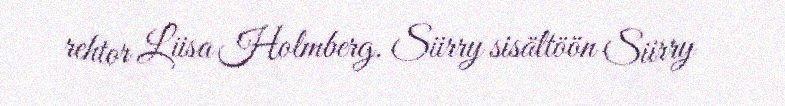
rehtor Liisa Holmberg. Siirry sisältöön Siirry